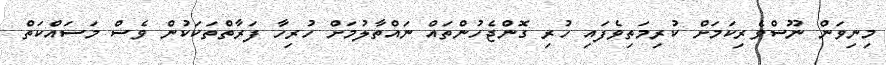
މިނިވަން ނޫސްވެރިކަމަށް ކުރިމަތިވެފައި ހުރި ގޮންޖެހުންތައް ނައްތާލުމަށް ހުރިހާ ފަރާތްތަކަކުން ވެސް މަސައްކަތް